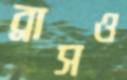
ব্রাসও